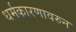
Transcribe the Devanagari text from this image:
धर्मकारणावरुन